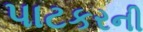
પાટકરની